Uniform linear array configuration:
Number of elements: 16
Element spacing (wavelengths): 1
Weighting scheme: hann
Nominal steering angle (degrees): -60
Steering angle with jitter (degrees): -58.388
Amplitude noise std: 0.05
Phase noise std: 0.05

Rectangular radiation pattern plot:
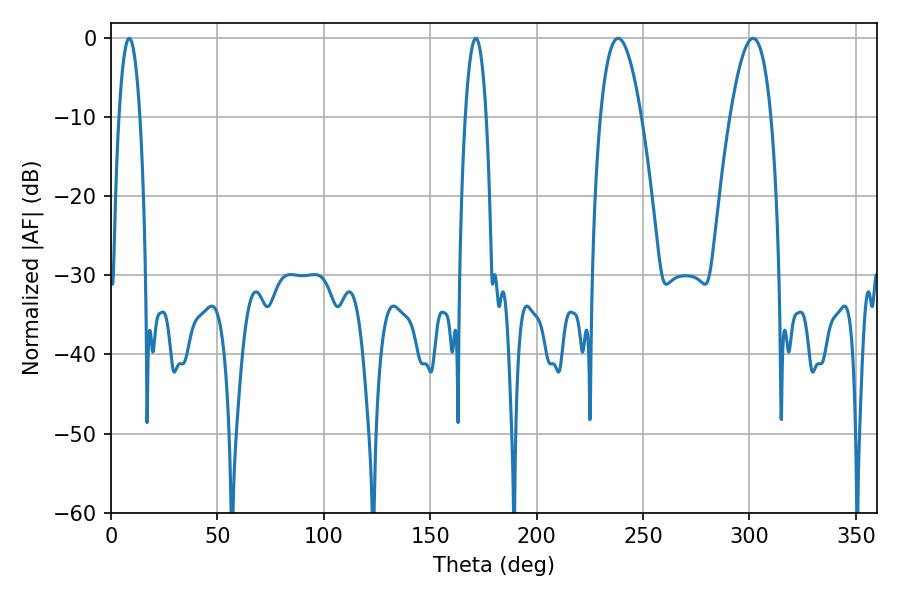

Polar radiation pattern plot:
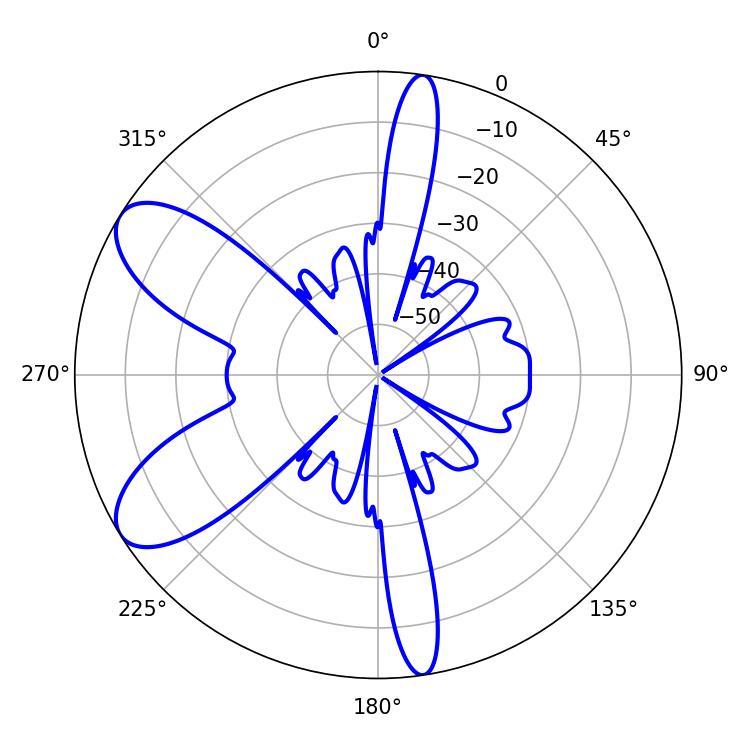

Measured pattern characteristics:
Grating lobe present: TRUE
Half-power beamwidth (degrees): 10.44
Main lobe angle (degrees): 238.32